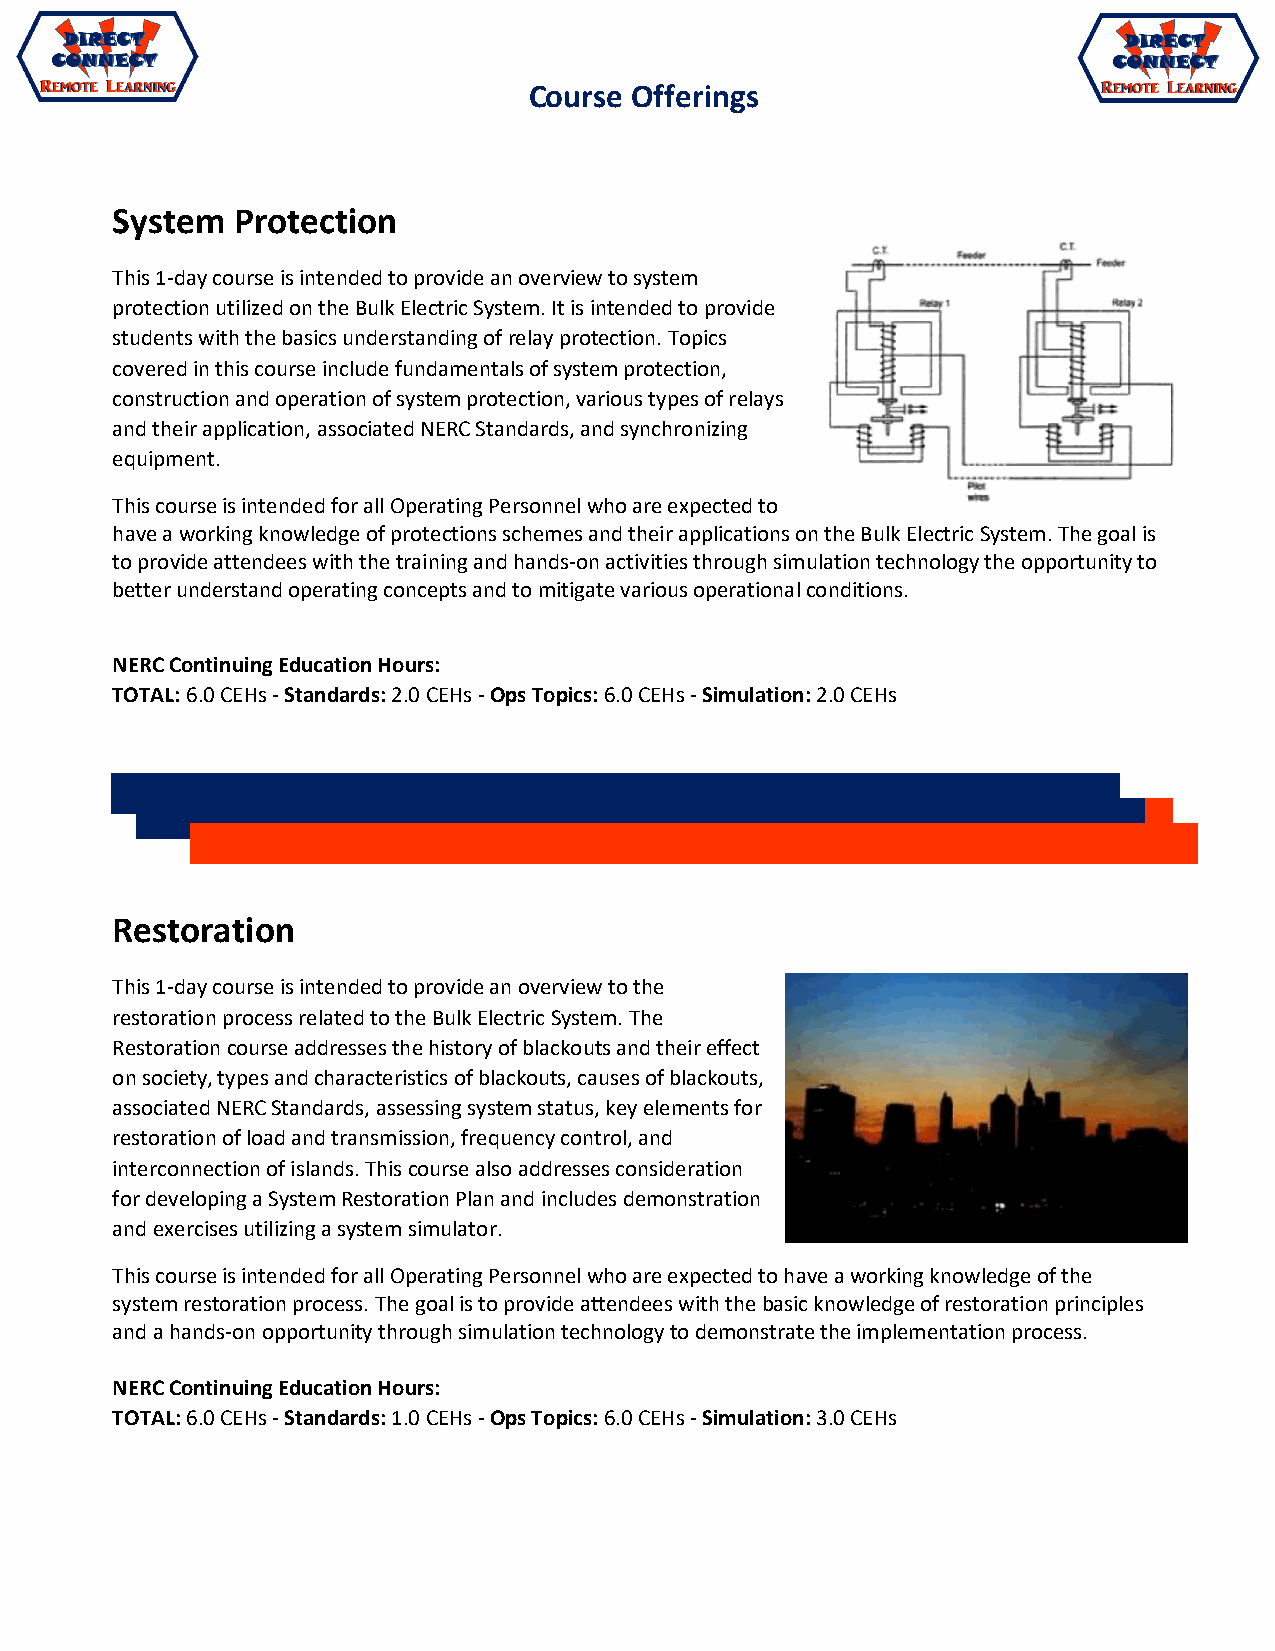
Course Offerings
 System  Protection
 This 1-day course is intended to provide an overview to system
 protection utilized on the Bulk Electric System. It is intended to provide
 students with the basics understanding of relay protection. Topics
 covered in this course include fundamentals of system protection,
 construction and operation of system protection, various types of relays
 and their application, associated NERC Standards, and synchronizing
 equipment.
 This course is intended for all Operating Personnel who are expected to
 have a working knowledge of protections schemes and their applications on the Bulk Electric System. The goal is
 to provide attendees with the training and hands-on activities through simulation technology the opportunity to
 better understand operating concepts and to mitigate various operational conditions.
 NERC Continuing Education Hours:
 TOTAL: 6.0 CEHs - Standards: 2.0 CEHs - Ops Topics: 6.0 CEHs - Simulation: 2.0 CEHs
 Restoration
 This 1-day course is intended to provide an overview to the
 restoration process related to the Bulk Electric System. The
 Restoration course addresses the history of blackouts and their effect
 on society, types and characteristics of blackouts, causes of blackouts,
 associated NERC Standards, assessing system status, key elements for
 restoration of load and transmission, frequency control, and
 interconnection of islands. This course also addresses consideration
 for developing a System Restoration Plan and includes demonstration
 and exercises utilizing a system simulator.
 This course is intended for all Operating Personnel who are expected to have a working knowledge of the
 system restoration process. The goal is to provide attendees with the basic knowledge of restoration principles
 and a hands-on opportunity through simulation technology to demonstrate the implementation process.
 NERC Continuing Education Hours:
 TOTAL: 6.0 CEHs - Standards: 1.0 CEHs - Ops Topics: 6.0 CEHs - Simulation: 3.0 CEHs